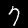
Label: 7